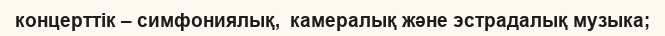
концерттік – симфониялық,  камералық және эстрадалық музыка;